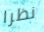
نظرا